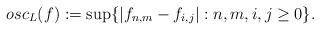
LaTeX: \begin{align*} osc_L(f)&:=\sup\{\left|f_{n,m}-f_{i,j}\right|: n,m,i,j\geq 0\}. \end{align*}